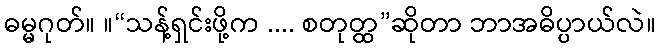
ဓမ္မဂုတ်။ ။“သန့်ရှင်းဖို့က .... စတုတ္ထ”ဆိုတာ ဘာအဓိပ္ပာယ်လဲ။